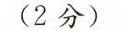
(2分)